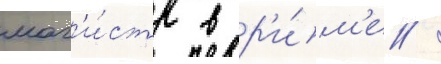
маг'и́стр в р'и́м'е /